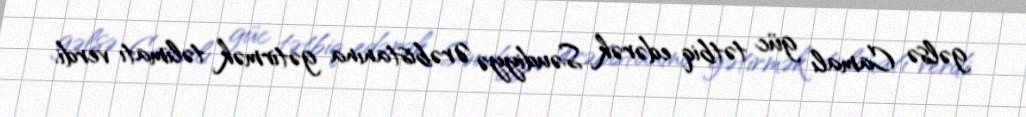
gəlsə Camalı güc tətbiq edərək Səudiyyə Ərəbistanına gətirmək təlimatı verdi.